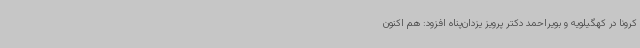
کرونا در کهگیلویه و بویراحمد دکتر پرویز یزدان‌پناه افزود: هم اکنون